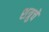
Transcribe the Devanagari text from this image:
शत्रुचे